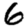
Digit: 6